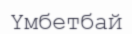
Үмбетбай